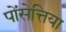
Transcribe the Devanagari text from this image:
पोंसेत्तिया